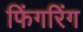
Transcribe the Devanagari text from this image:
फिंगरिंग